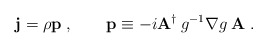
\begin{align*}{\bf j}=\rho{\bf p}\;, \qquad {\bf p}\equiv -i {\bf A}^\dagger \:g^{-1}\nabla g\:{\bf A}\;.\end{align*}